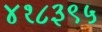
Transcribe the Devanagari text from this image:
४१८३९५